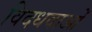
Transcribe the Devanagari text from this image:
विदधवाओं